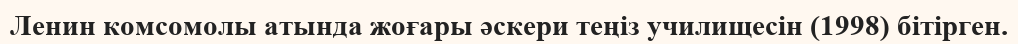
Ленин комсомолы атында жоғары әскери теңіз училищесін (1998) бітірген.